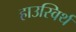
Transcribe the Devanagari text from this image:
हाउस्विर्थ